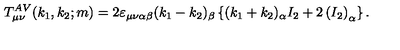
T _ { \mu \nu } ^ { A V } ( k _ { 1 } , k _ { 2 } ; m ) = 2 \varepsilon _ { \mu \nu \alpha \beta } ( k _ { 1 } - k _ { 2 } ) _ { \beta } \left\{ ( k _ { 1 } + k _ { 2 } ) _ { \alpha } I _ { 2 } + 2 \left( I _ { 2 } \right) _ { \alpha } \right\} .